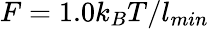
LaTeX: F=1.0k_{B}T/l_{min}